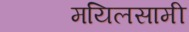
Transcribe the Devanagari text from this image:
मयिलसामी